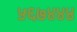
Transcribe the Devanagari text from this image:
५६७४४४